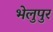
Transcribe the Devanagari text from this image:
भेलुपुर